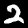
Digit: 2